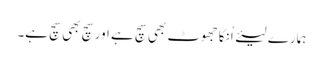
ہمارے لیئے اُنکا جھوٹ بھی سچ ہے اور سچ بھی سچ ہے۔